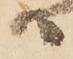
ハ